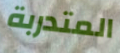
المتدربة